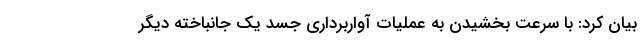
بیان کرد: با سرعت بخشیدن به عملیات آواربرداری جسد یک جانباخته دیگر